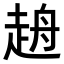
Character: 𧻖